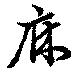
庥